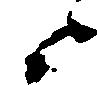
よ